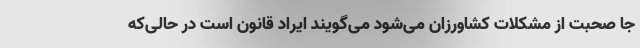
جا صحبت از مشکلات کشاورزان می‌شود می‌گویند ایراد قانون است در حالی‌که